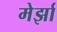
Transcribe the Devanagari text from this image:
मेर्झा